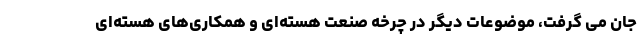
جان می گرفت، موضوعات دیگر در چرخه صنعت هسته‌ای و همکاری‌های هسته‌ای